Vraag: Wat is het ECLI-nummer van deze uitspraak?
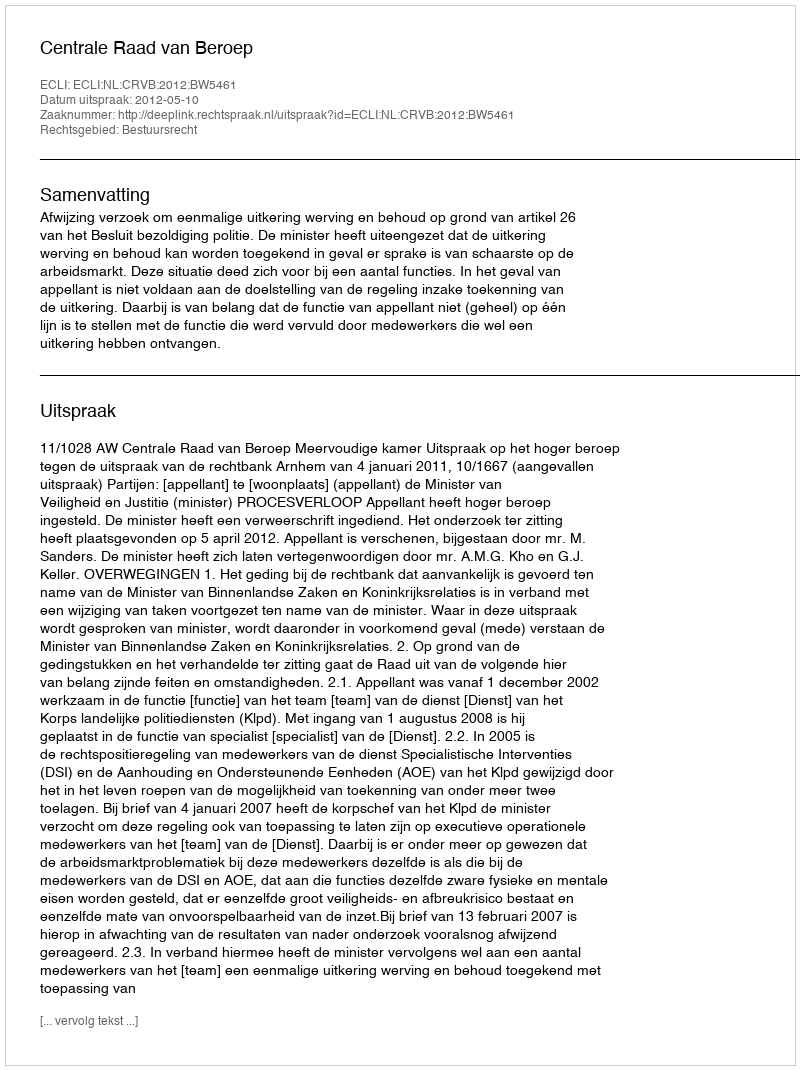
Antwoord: ECLI:NL:CRVB:2012:BW5461